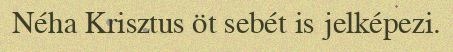
Néha Krisztus öt sebét is jelképezi.